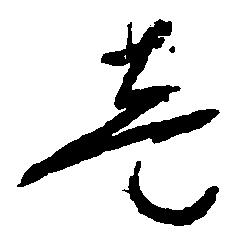
壱